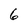
Character: 6